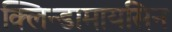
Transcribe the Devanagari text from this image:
क्लिन्डामायसिन